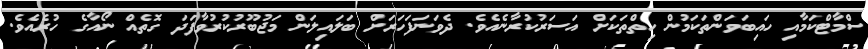
ސްމާޓްކަމާއި ހައިބަވަންތަކަމުން ހިތްތަކަށް އަސަރުކުރާނެއެވެ. ދެވަނަފަހަރަށް ބަލައިލަން މަޖުބޫރުކުރުވާފަދަ ގޮތެއް ނޯއާގެ ހުރެއެވެ.